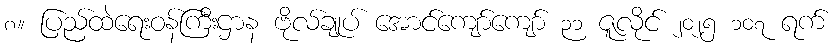
၈။ ပြည်ထဲရေးဝန်ကြီးဌာန ဗိုလ်ချုပ် အောင်ကျော်ကျော် ၃၁ ဇူလိုင် ၂၀၂၅ ၁၀၇ ရက်